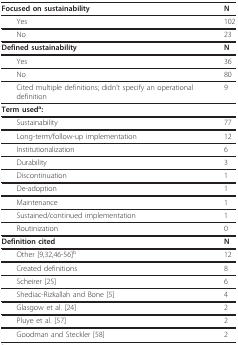
<table><thead><tr><td><b>Focused on sustainability</b></td><td><b>N</b></td></tr></thead><tbody><tr><td> Yes</td><td>102</td></tr><tr><td> No</td><td>23</td></tr><tr><td><b>Defined sustainability</b></td><td><b>N</b></td></tr><tr><td> Yes</td><td>36</td></tr><tr><td> No</td><td>80</td></tr><tr><td> Cited multiple definitions; didn&#x27;t specify an operational definition</td><td>9</td></tr><tr><td><b>Term used<sup>a</sup>:</b></td><td></td></tr><tr><td> Sustainability</td><td>77</td></tr><tr><td> Long-term/follow-up implementation</td><td>12</td></tr><tr><td> Institutionalization</td><td>6</td></tr><tr><td> Durability</td><td>3</td></tr><tr><td> Discontinuation</td><td>1</td></tr><tr><td> De-adoption</td><td>1</td></tr><tr><td> Maintenance</td><td>1</td></tr><tr><td> Sustained/continued implementation</td><td>1</td></tr><tr><td> Routinization</td><td>0</td></tr><tr><td><b>Definition cited</b></td><td><b>N</b></td></tr><tr><td> Other [9,32,46-56]<sup>b</sup></td><td>12</td></tr><tr><td> Created definitions</td><td>8</td></tr><tr><td> Scheirer [25]</td><td>6</td></tr><tr><td> Shediac-Rizkallah and Bone [5]</td><td>4</td></tr><tr><td> Glasgow et al. [24]</td><td>2</td></tr><tr><td> Pluye et al. [57]</td><td>2</td></tr><tr><td> Goodman and Steckler [58]</td><td>2</td></tr></tbody></table>